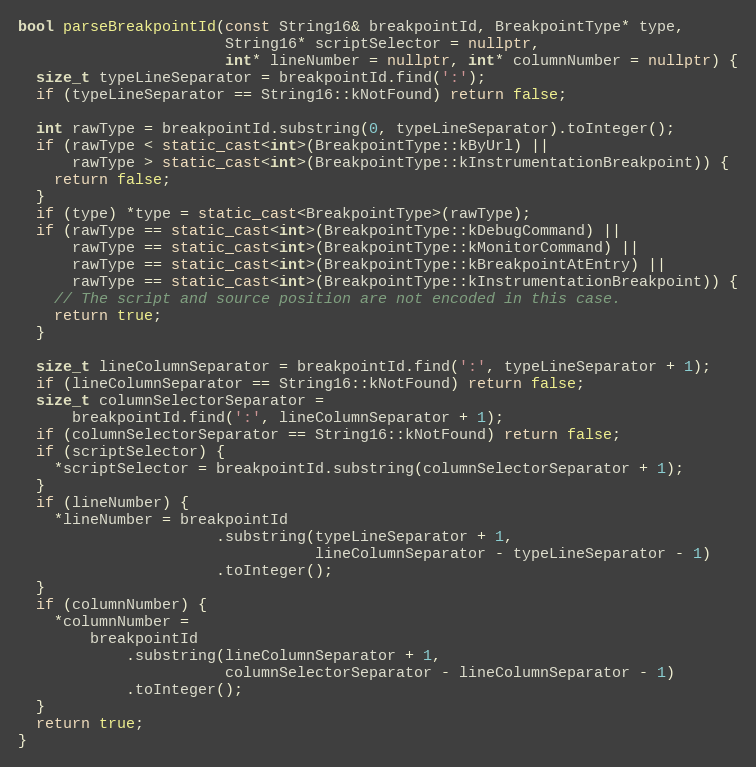
Language: C++
bool parseBreakpointId(const String16& breakpointId, BreakpointType* type,
                       String16* scriptSelector = nullptr,
                       int* lineNumber = nullptr, int* columnNumber = nullptr) {
  size_t typeLineSeparator = breakpointId.find(':');
  if (typeLineSeparator == String16::kNotFound) return false;

  int rawType = breakpointId.substring(0, typeLineSeparator).toInteger();
  if (rawType < static_cast<int>(BreakpointType::kByUrl) ||
      rawType > static_cast<int>(BreakpointType::kInstrumentationBreakpoint)) {
    return false;
  }
  if (type) *type = static_cast<BreakpointType>(rawType);
  if (rawType == static_cast<int>(BreakpointType::kDebugCommand) ||
      rawType == static_cast<int>(BreakpointType::kMonitorCommand) ||
      rawType == static_cast<int>(BreakpointType::kBreakpointAtEntry) ||
      rawType == static_cast<int>(BreakpointType::kInstrumentationBreakpoint)) {
    // The script and source position are not encoded in this case.
    return true;
  }

  size_t lineColumnSeparator = breakpointId.find(':', typeLineSeparator + 1);
  if (lineColumnSeparator == String16::kNotFound) return false;
  size_t columnSelectorSeparator =
      breakpointId.find(':', lineColumnSeparator + 1);
  if (columnSelectorSeparator == String16::kNotFound) return false;
  if (scriptSelector) {
    *scriptSelector = breakpointId.substring(columnSelectorSeparator + 1);
  }
  if (lineNumber) {
    *lineNumber = breakpointId
                      .substring(typeLineSeparator + 1,
                                 lineColumnSeparator - typeLineSeparator - 1)
                      .toInteger();
  }
  if (columnNumber) {
    *columnNumber =
        breakpointId
            .substring(lineColumnSeparator + 1,
                       columnSelectorSeparator - lineColumnSeparator - 1)
            .toInteger();
  }
  return true;
}